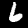
Label: 6